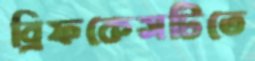
ব্রিফকেসটিতে